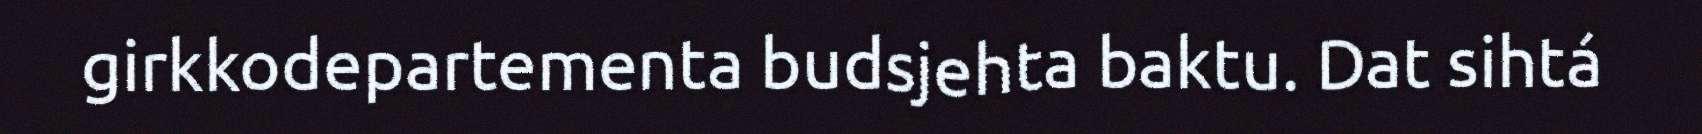
girkkodepartementa budsjehta baktu. Dat sihtá